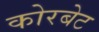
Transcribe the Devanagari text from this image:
कोरबेट